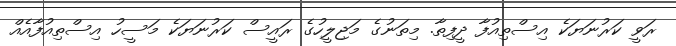
ރަވީ ކަރުނަޔަކެ އިސްތިއުފާ ދީފިތާ. މިތަނުގެ މަޖިލީހުގެ ރައީސް ކަރުނަޔަކެ މަސީހު އިސްތިއުފާއެއް